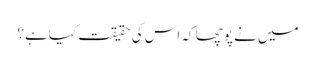
میں نے پوچھا کہ اس کی حقیقت کیا ہے؟